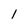
Character: 1